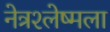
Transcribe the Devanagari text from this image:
नेत्रश्‍लेष्मला